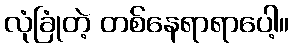
လုံခြုံတဲ့ တစ်နေရာရာပေါ့။